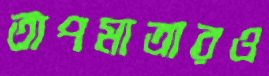
তাপমাত্রারও